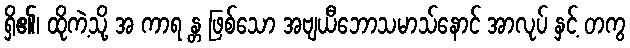
ရှိ၏၊ ထိုကဲ့သို့ အ ကာရ န္တ ဖြစ်သော အဗျယီဘောသမာသ်နောင် အာလုပ် နှင့် တကွ